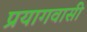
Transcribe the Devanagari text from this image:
प्रयागवासी